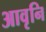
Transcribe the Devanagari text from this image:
आवृनि